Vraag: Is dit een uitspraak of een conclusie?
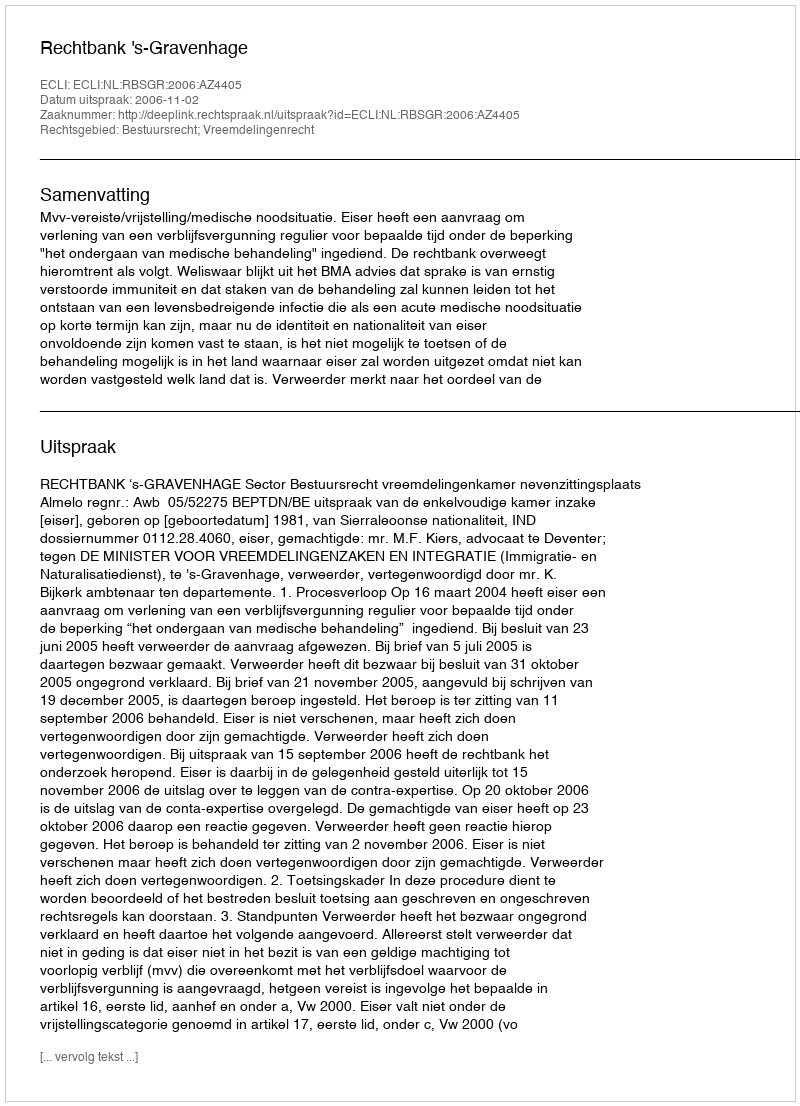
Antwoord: Uitspraak